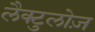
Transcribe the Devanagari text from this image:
लैक्टुलोज़